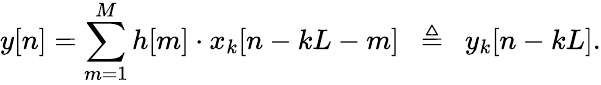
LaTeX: y[n]=\sum_{m=1}^{M}h[m]\cdot x_{k}[n-kL-m]\ \ \triangleq\ \ y_{k}[n-kL].